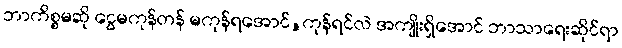
ဘာကိစ္စမဆို ငွေမကုန်တန် မကုန်ရအောင်,ကုန်ရင်လဲ အကျိုးရှိအောင် ဘာသာရေးဆိုင်ရာ